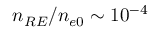
n _ { R E } / n _ { e 0 } \sim 1 0 ^ { - 4 }